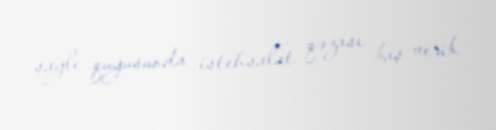
saylı quyusunda istehsalat qəzası baş verib.